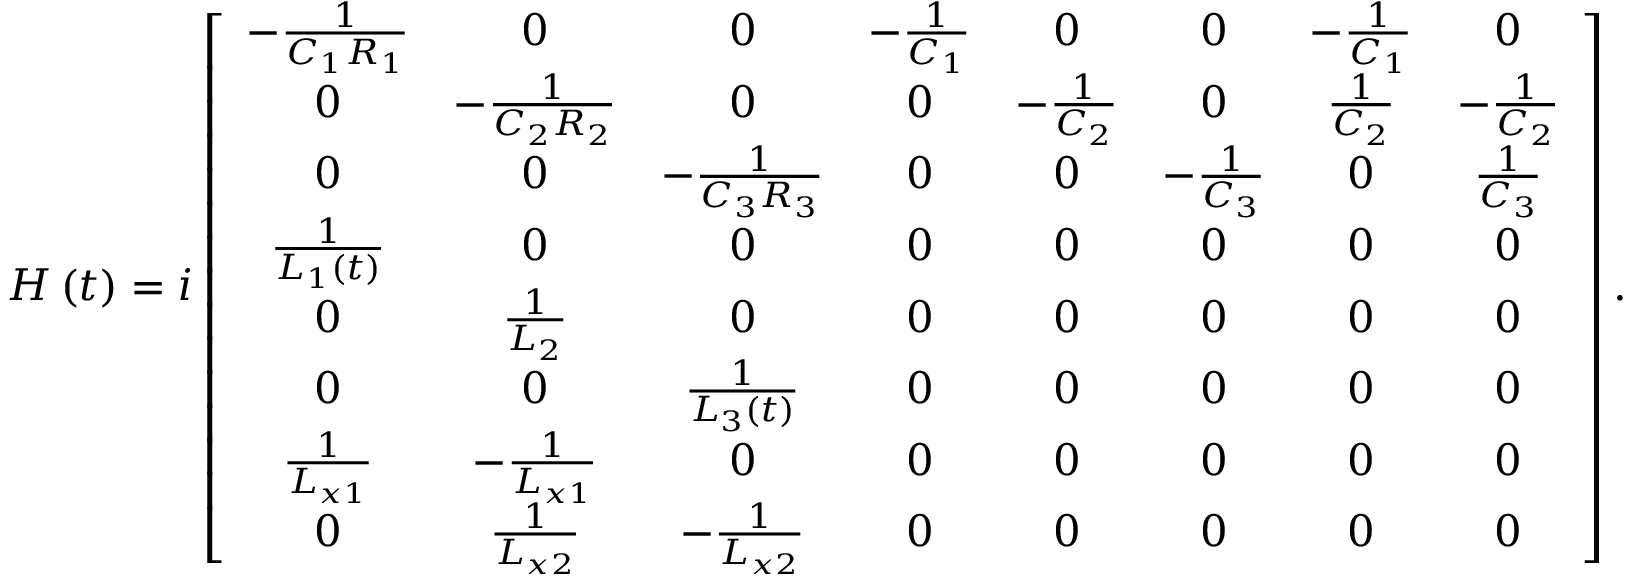
\begin{array} { r } { H \left( t \right) = i \left[ \begin{array} { c c c c c c c c } { - \frac { 1 } { C _ { 1 } R _ { 1 } } } & { 0 } & { 0 } & { - \frac { 1 } { C _ { 1 } } } & { 0 } & { 0 } & { - \frac { 1 } { C _ { 1 } } } & { 0 } \\ { 0 } & { - \frac { 1 } { C _ { 2 } R _ { 2 } } } & { 0 } & { 0 } & { - \frac { 1 } { C _ { 2 } } } & { 0 } & { \frac { 1 } { C _ { 2 } } } & { - \frac { 1 } { C _ { 2 } } } \\ { 0 } & { 0 } & { - \frac { 1 } { C _ { 3 } R _ { 3 } } } & { 0 } & { 0 } & { - \frac { 1 } { C _ { 3 } } } & { 0 } & { \frac { 1 } { C _ { 3 } } } \\ { \frac { 1 } { L _ { 1 } \left( t \right) } } & { 0 } & { 0 } & { 0 } & { 0 } & { 0 } & { 0 } & { 0 } \\ { 0 } & { \frac { 1 } { L _ { 2 } } } & { 0 } & { 0 } & { 0 } & { 0 } & { 0 } & { 0 } \\ { 0 } & { 0 } & { \frac { 1 } { L _ { 3 } \left( t \right) } } & { 0 } & { 0 } & { 0 } & { 0 } & { 0 } \\ { \frac { 1 } { L _ { x 1 } } } & { - \frac { 1 } { L _ { x 1 } } } & { 0 } & { 0 } & { 0 } & { 0 } & { 0 } & { 0 } \\ { 0 } & { \frac { 1 } { L _ { x 2 } } } & { - \frac { 1 } { L _ { x 2 } } } & { 0 } & { 0 } & { 0 } & { 0 } & { 0 } \end{array} \right] . } \end{array}